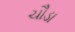
ચૌડા